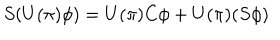
LaTeX: S ( U ( \pi ) \phi ) = U ( \pi ) C \phi + U ( \pi ) ( S \phi )